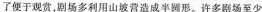
了便于观赏，剧场多利用山坡营造成半圆形。许多剧场至少